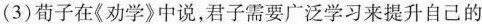
(3)荀子在《劝学》中说，君子需要广泛学习来提升自己的